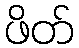
ဖိတ်